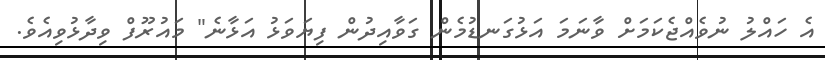
އެ ހައްލު ނުވެއްޖެކަމަށް ވާނަމަ އަޅުގަނޑުމެން ގަވާއިދުން ފިޔަވަޅު އަޅާނެ" މައުރޫފް ވިދާޅުވިއެވެ.